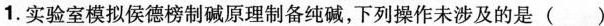
1.实验室模拟侯德榜制碱原理制备纯碱，下列操作未涉及的是（）